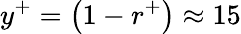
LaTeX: y^{+}=\left(1-r^{+}\right)\approx 15